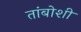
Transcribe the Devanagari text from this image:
तांबोशी